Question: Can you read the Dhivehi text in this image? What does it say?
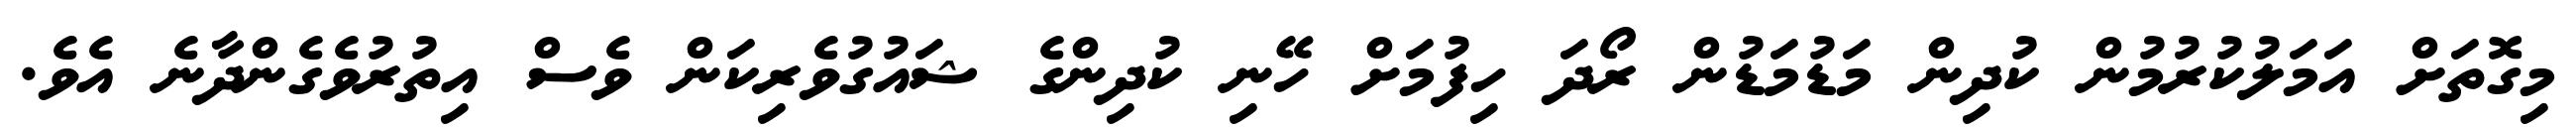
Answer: މިގޮތަށް އަމަލުކުރުމުން ކުދިން މަޑުމަޑުން ރޯދަ ހިފުމަށް ހޭނި ކުދިންގެ ޝައުގުވެރިކަން ވެސް އިތުރުވެގެންދާނެ އެވެ.